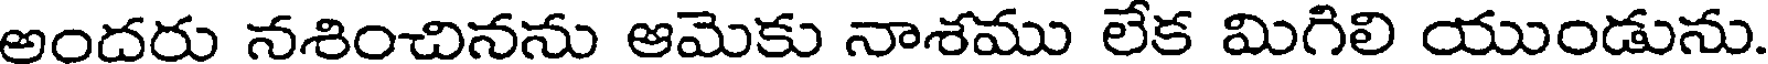
అందరు నశించినను ఆమెకు నాశము లేక మిగిలి యుండును